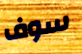
سوف